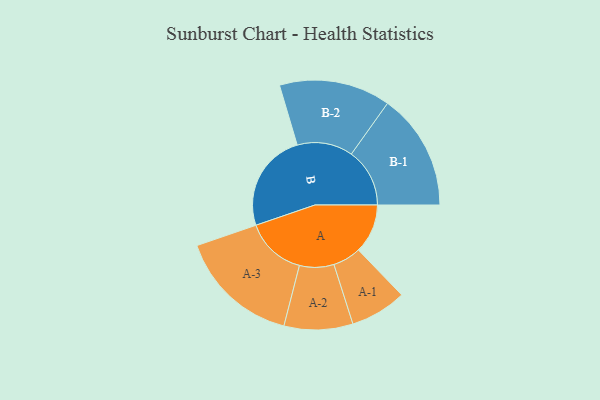
{"axis": {"x": "Segment", "y": "Value"}, "legend": ["", "A", "B"], "data": [{"x": "A", "y": 238, "type": ""}, {"x": "B", "y": 478, "type": ""}, {"x": "A-1", "y": 136, "type": "A"}, {"x": "A-2", "y": 166, "type": "A"}, {"x": "A-3", "y": 293, "type": "A"}, {"x": "B-1", "y": 282, "type": "B"}, {"x": "B-2", "y": 269, "type": "B"}]}